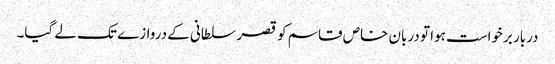
دربار برخواست ہوا تو دربان خاص قاسم کو قصر سلطانی کے دروازے تک لے گیا۔